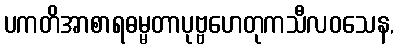
ပကတိအာစာရဓမ္မတာပုဗ္ဗဟေတုကသီလဝသေန,